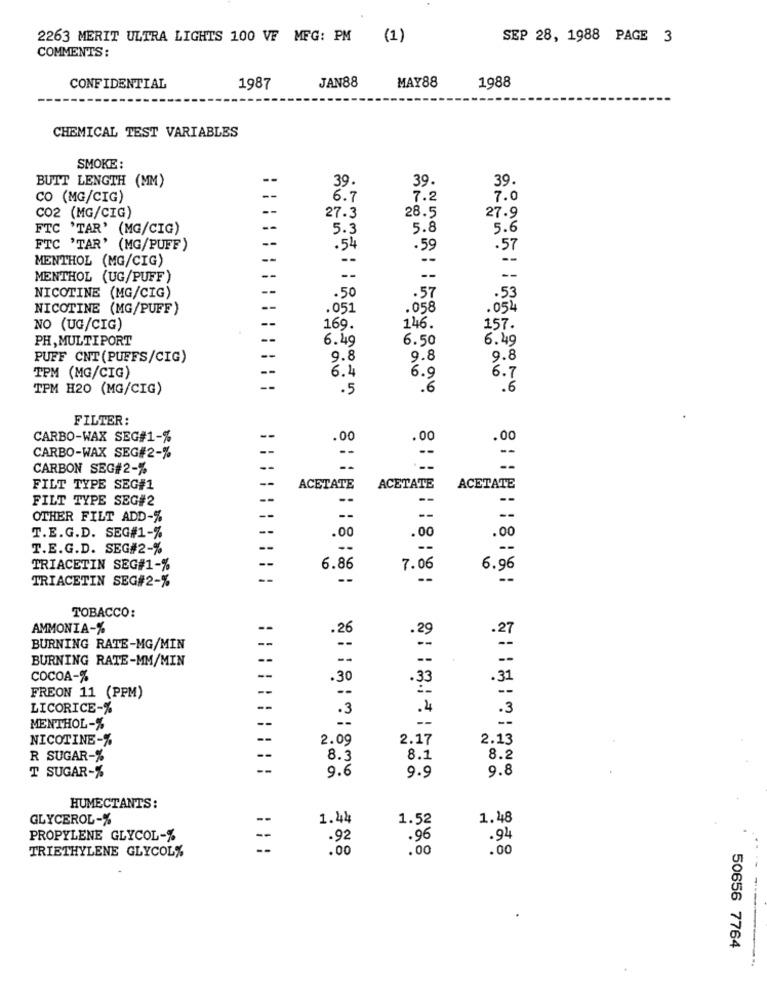
2263 MERIT ULTRA LIGHTS 100 VF MEG: PM (1)
SEP 28, 1988 PAGE 3
COMMENTS:
JAN88
CONFIDENTIAL
1987
MAY88
1988
CHEMICAL TEST VARIABLES
SMOKE:
BUTT LENGTH (MM)
--
39.
39.
39.
CO (MG/CIG)
--
6.7
7.2
7.0
CO2 (MG/CIG)
27.3
28.5
27.9
FTC 'TAR' (MG/CIG)
--
5.3
5.8
5.6
--
FTC 'TAR' (MG/PUFF)
.54
.59
MENTHOL (MG/CIG)
--
MENTHOL (UG/PUFF)
--
--
-
.50
.57
NICOTINE (MG/CIG)
.53
NICOTINE (MG/PUFF)
.051
.058
. 054
NO (UG/CIG)
169.
146.
157.
PH, MULTIPORT
--
6.49
6.50
6.49
PUFF CNT (PUFFS/CIG)
9.8
9.8
9.8
TPM (MG/CIG)
6 .4
6.9
6.7
TPM H20 (MG/CIG)
. 5
.6
.6
FILTER:
CARBO-WAX SEG#1-%
--
.00
.00
.00
CARBO-WAX SEG#2-%
CARBON SEG#2-%
--
FILT TYPE SEG#1
--
ACETATE
ACETATE
ACETATE
FILT TYPE SEG#2
--
--
--
OTHER FILT ADD-%
--
--
--
--
T.E.G.D. SEG#1-%
.00
.00
.00
T.E.G.D. SEG#2-%
--
TRIACETIN SEG#1-%
6.86
7.06
6.96
TRIACETIN SEG#2-%
--
--
- -
TOBACCO:
AMMONIA-%
--
.26
.29
.27
BURNING RATE-MG/MIN
--
--
--
BURNING RATE-MM/MIN
--
--
--
--
COCOA-%
--
.30
.31
--
FREON 11 (PPM)
--
LICORICE-%
--
.3
.4
.3
MENTHOL-%
--
NICOTINE-%
--
2.09
2.17
2.13
R SUGAR-%
8.3
8.1
8.2
--
9.6
9.8
T SUGAR-%
9.9
HUMECTANTS:
GLYCEROL-%
--
1.44
1.48
1.52
PROPYLENE GLYCOL-%
--
.92
. 96
.94
TRIETHYLENE GLYCOL%
.00
.00
.00
50656 7764